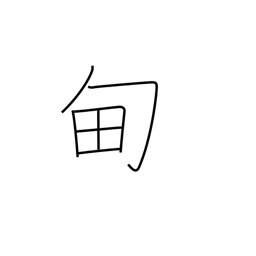
Meaning: region around the imperial capital